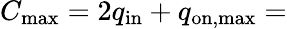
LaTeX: C_{\mathrm{max}}=2q_{\mathrm{in}}+q_{\mathrm{on,max}}=